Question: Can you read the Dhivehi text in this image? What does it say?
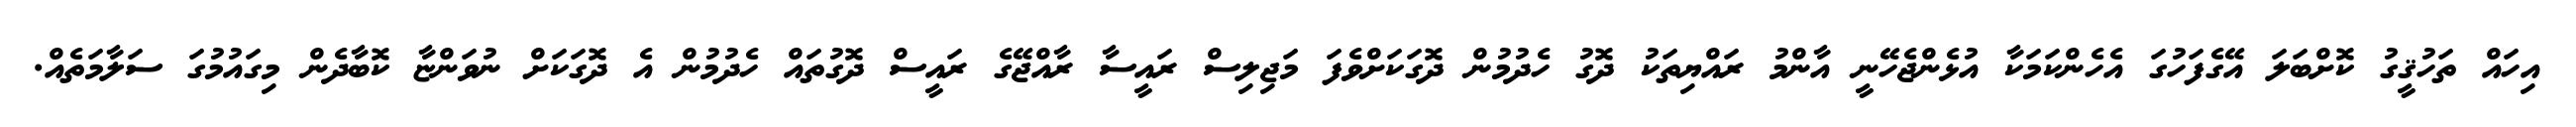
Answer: އިހައް ތަހުޤީގު ކޮށްބަލަ އޭގެފަހުގަ އެހެންކަމަކާ އުޅެންޖެހޭނީ އާންމު ރައްޔިތަކު ދޮގު ހެދުމުން ދޮގަކަށްވެފަ މަޖިލިސް ރައީސާ ރާއްޖޭގެ ރައީސް ދޮގުތައް ހެދުމުން އެ ދޮގަކަށް ނުވަންޏާ ކޮބާދެން މިގައުމުގަ ސަލާމަތެއް.